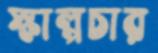
স্কাল্পচার